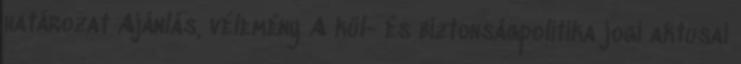
határozat Ajánlás, vélemény A kül- és biztonságpolitika jogi aktusai